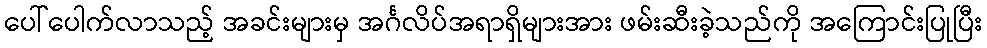
ပေါ်ပေါက်လာသည့် အခင်းများမှ အင်္ဂလိပ်အရာရှိများအား ဖမ်းဆီးခဲ့သည်ကို အကြောင်းပြုပြီး